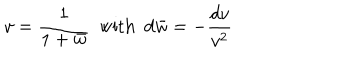
v = { \frac { 1 } { 1 + { \bar { w } } } } ~ ~ \mathrm { w i t h } ~ ~ d { \bar { w } } = - { \frac { d v } { v ^ { 2 } } }